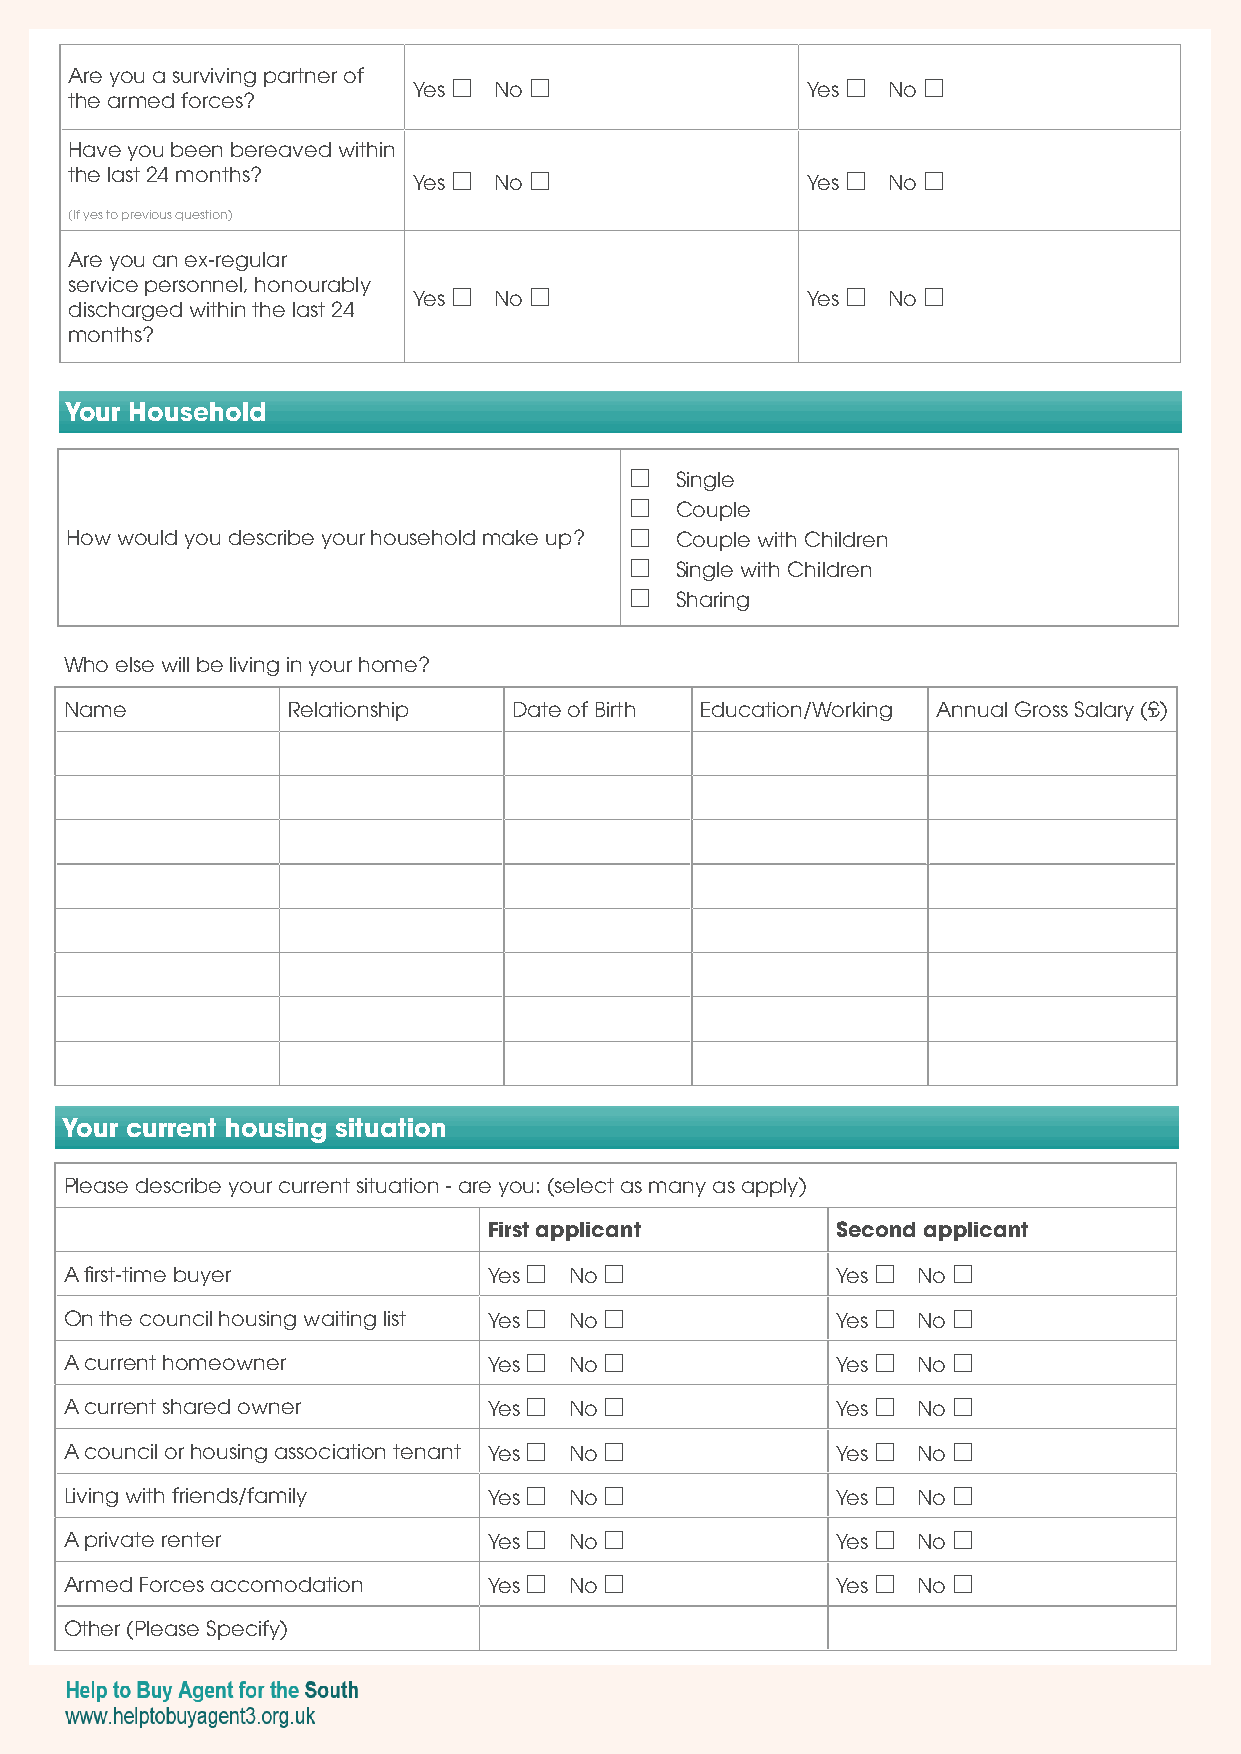
Are you a surviving partner of
 Yes  No                 Yes  No 
 the armed forces?
 Have you been bereaved within
 the last 24 months?   Yes  No                 Yes  No 
 (If yes to previous question)
 Are you an ex-regular
 service personnel, honourably
 Yes  No                 Yes  No 
 discharged within the last 24
 months?
 Your Household
   Single
   Couple
 How would you describe your household make up?  Couple with Children
   Single with Children
   Sharing
 Who else will be living in your home?
 Name           Relationship   Date of Birth Education/Working Annual Gross Salary (£)
 Your current housing situation
 Please describe your current situation - are you: (select as many as apply)
 First applicant        Second applicant
 A first-time buyer          Yes  No              Yes  No 
 On the council housing waiting list Yes  No      Yes  No 
 A current homeowner         Yes  No              Yes  No 
 A current shared owner      Yes  No              Yes  No 
 A council or housing association tenant Yes  No  Yes  No 
 Living with friends/family  Yes  No              Yes  No 
 A private renter            Yes  No              Yes  No 
 Armed Forces accomodation   Yes  No              Yes  No 
 Other (Please Specify)